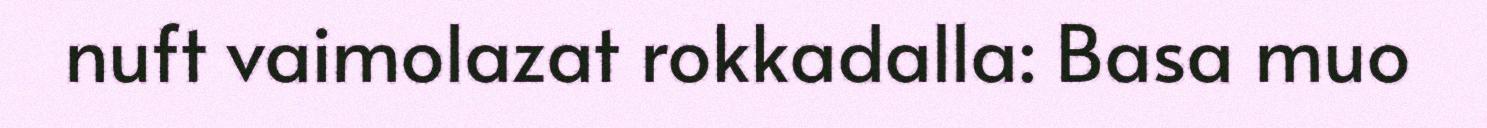
nuft vaimolazat rokkadalla: Basa muo